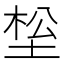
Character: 𰉹